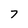
Character: 7